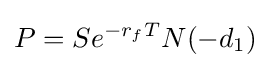
P=Se^{-r_{f}T}N(-d_{1})